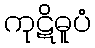
ကုဋိဓူပံ